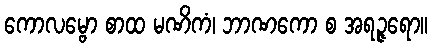
ကောလမ္ဗော စာထ မဏိကံ၊ ဘာဏကော စ အရဉ္ဇရော။